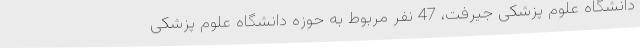
دانشگاه علوم پزشکی جیرفت، 47 نفر مربوط به حوزه دانشگاه علوم پزشکی